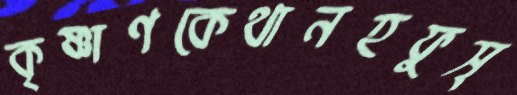
কৃষ্ণাণকেথানহফুস্